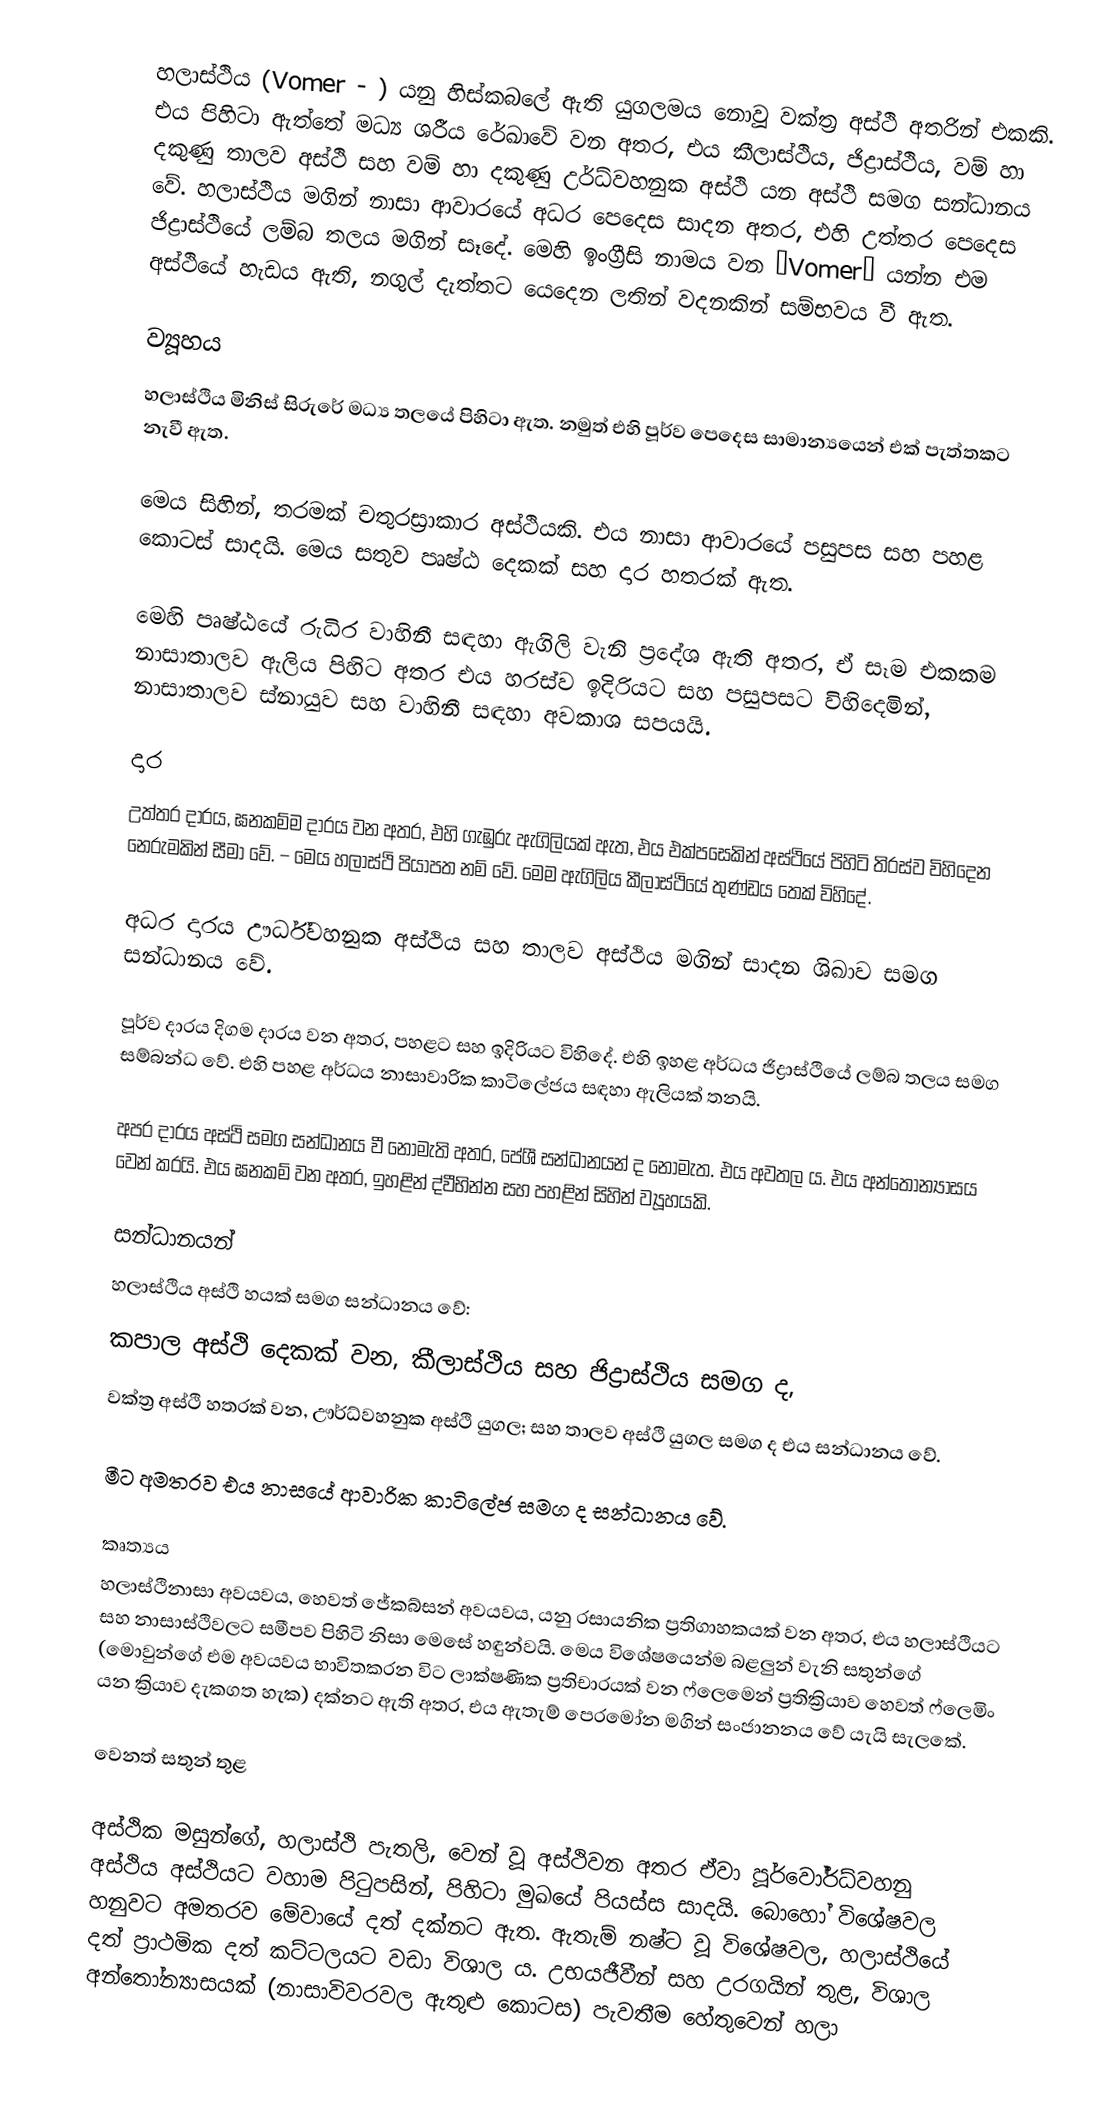
හලාස්ථිය (Vomer - ) යනු හිස්කබලේ ඇති යුගලමය නොවූ වක්ත්‍ර අස්ථි අතරින් එකකි. එය පිහිටා ඇත්තේ මධ්‍ය ශරීය රේඛාවේ වන අතර, එය කීලාස්ථිය, ජිද්‍රාස්ථිය, වම් හා දකුණු තාලව අස්ථි සහ වම් හා දකුණු උර්ධ්වහනුක අස්ථි යන අස්ථි සමග සන්ධානය වේ. හලාස්ථිය මගින් නාසා ආවාරයේ අධර පෙදෙස සාදන අතර, එහි උත්ත‍ර පෙදෙස ජිද්‍රාස්ථියේ ලම්බ තලය මගින් සෑදේ. මෙහි ඉංග්‍රීසි නාමය වන “Vomer” යන්න එම අස්ථියේ හැඩය ඇති, නගුල් දැත්තට යෙදෙන ලතින් වදනකින් සම්භවය වී ඇත.

ව්‍යූහය
හලාස්ථිය මිනිස් සිරුරේ මධ්‍ය තලයේ පිහිටා ඇත. නමුත් එහි පූර්ව පෙදෙස සාමාන්‍යයෙන් එක් පැත්තකට නැවී ඇත.

මෙය සිහින්, තරමක් චතුරස්‍රාකාර අස්ථියකි. එය නාසා ආවාරයේ පසුපස සහ පහළ කොටස් සාදයි. මෙය සතුව පෘෂ්ඨ දෙකක් සහ දාර හතරක් ඇත.

මෙහි පෘෂ්ඨයේ රුධිර වාහිනී සඳහා ඇගිලි වැනි ප්‍රදේශ ඇති අතර, ඒ සෑම එකකම නාසාතාලව ඇලිය පිහිට අතර එය හරස්ව ඉදිරියට සහ පසුපසට විහිදෙමින්, නාසාතාලව ස්නායුව සහ වාහිනී සඳහා අවකාශ සපයයි.

දාර
උත්තර දාරය, ඝනකම්ම දාරය වන අතර, එහි ගැඹුරු ඇගිලියක් ඇත, එය එක්පසෙකින් අස්ථියේ පිහිටි තිරස්ව විහිදෙන නෙරුමකින් සීමා වේ. – මෙය හලාස්ථි පියාපත නම් වේ. මෙම ඇගිලිය කීලාස්ථියේ තුණ්ඩය තෙක් විහිදේ.

අධර දාරය ඌර්ධ්වහනුක අස්ථිය සහ තාලව අස්ථිය මගින් සාදන ශිඛාව සමග සන්ධානය වේ.

පූර්ව දාරය දිගම දාරය වන අතර, පහළට සහ ඉදිරියට විහිදේ. එහි ඉහළ අර්ධය ජිද්‍රාස්ථියේ ලම්බ තලය සමග සම්බන්ධ වේ. එහි පහළ අර්ධය නාසාවාරික කාටිලේජය සඳහා ඇලියක් තනයි.

අපර දාරය අස්ථි සමග සන්ධානය වී නොමැති අතර, පේශී සන්ධානයන් ද නොමැත. එය අවතල ය. එය අන්තෝන්‍යාසය වෙන් කරයි. එය ඝනකම් වන අතර, ඉහළින් ද්වීභින්න සහ පහළින් සිහින් ව්‍යූහයකි.

සන්ධානයන්
හලාස්ථිය අස්ථි හයක් සමග සන්ධානය වේ:
 කපාල අස්ථි දෙකක් වන, කීලාස්ථිය සහ ජිද්‍රාස්ථිය සමග ද,
 වක්ත්‍ර අස්ථි හතරක් වන, ඌර්ධ්වහනුක අස්ථි යුගල; සහ තාලව අස්ථි යුගල සමග ද එය සන්ධානය වේ.

මීට අමතරව එය නාසයේ ආවාරික කාටිලේජ සමග ද සන්ධානය වේ.

කෘත්‍යය
හලාස්ථිනාසා අවයවය, හෙවත් ජේකබ්සන් අවයවය, යනු රසායනික ප්‍රතිගාහකයක් වන අතර, එය හලාස්ථියට සහ නාසාස්ථිවලට සමීපව පිහිටි නිසා මෙසේ හඳුන්වයි. මෙය විශේෂයෙන්ම බළලුන් වැනි සතුන්ගේ (මොවුන්ගේ එම අවයවය භාවිතකරන විට ලාක්ෂණික ප්‍රතිචාරයක් වන ෆ්ලෙමෙන් ප්‍රතික්‍රියාව හෙවත් ෆ්ලෙමිං යන ක්‍රියාව දැකගත හැක) දක්නට ඇති අතර, එය ඇතැම් පෙරමෝන මගින් සංජානනය වේ යැයි සැලකේ.

වෙනත් සතුන් තුළ

අස්ථික මසුන්ගේ, හලාස්ථි පැතලි, වෙන් වූ අස්ථිවන අතර ඒවා පූර්වෝර්ධ්වහනු අස්ථිය අස්ථියට වහාම පිටුපසින්, පිහිටා මුඛයේ පියස්ස සාදයි. බොහෝ විශේෂවල හනුවට අමතරව මේවායේ දත් දක්නට ඇත. ඇතැම් නෂ්ට වූ විශේෂවල, හලාස්ථියේ දත් ප්‍රාථමික දත් කට්ටලයට වඩා විශාල ය. උභයජීවීන් සහ උරගයින් තුළ, විශාල අන්තෝන්‍යාසයක් (නාසාවිවරවල ඇතුළු කොටස) පැවතීම හේතුවෙන් හලා